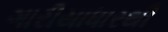
ગારીયાધારથી